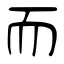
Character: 而